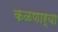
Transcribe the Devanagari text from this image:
कळणार्‍या